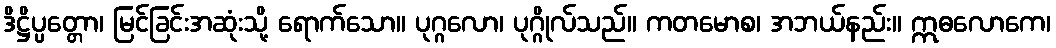
ဒိဋ္ဌိပ္ပတ္တော၊ မြင်ခြင်းအဆုံးသို့ ရောက်သော။ ပုဂ္ဂလော၊ ပုဂ္ဂိုလ်သည်။ ကတမောစ၊ အဘယ်နည်း။ ဣဓလောကေ၊